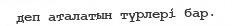
деп аталатын түрлері бар.